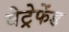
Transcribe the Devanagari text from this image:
बेट्रेफेंड